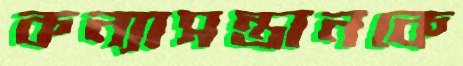
কন্যাসন্তানকে